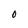
Character: O